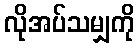
လိုအပ်သမျှကို